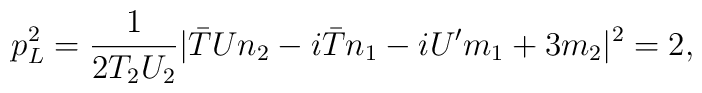
p_{L}^{2}= \frac{1}{2T_{2}U_{2}}|{\bar T}Un_{2} - i{\bar T} n_{1} -i U' m_{1} + 3 m_{2}|^{2}=2,